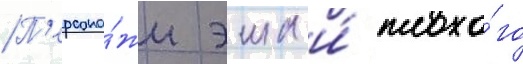
П'ерсона́жи эша и́ плохо́го